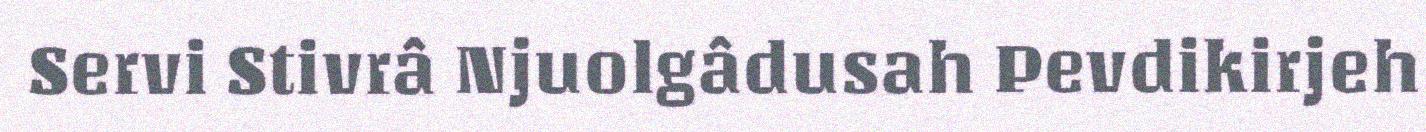
Servi Stivrâ Njuolgâdusah Pevdikirjeh